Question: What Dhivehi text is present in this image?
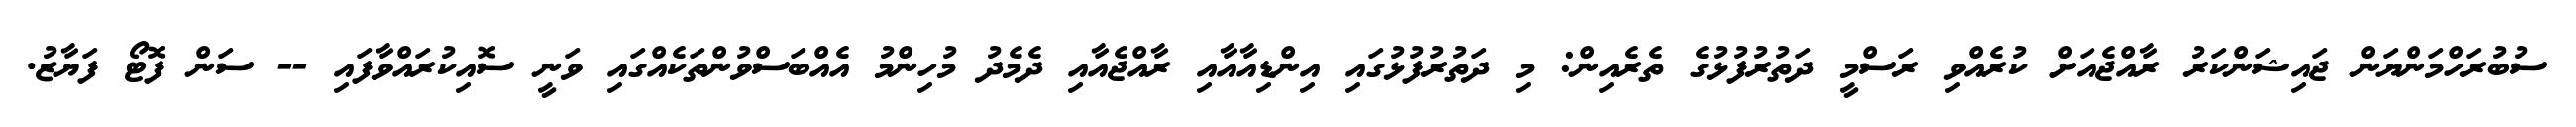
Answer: ސުބުރަހްމަންޔަން ޖައިޝަންކަރު ރާއްޖެއަށް ކުރެއްވި ރަސްމީ ދަތުރުފުޅުގެ ތެރެއިން: މި ދަތުރުފުޅުގައި އިންޑިއާއާއި ރާއްޖެއާއި ދެމެދު މުހިންމު އެއްބަސްވުންތަކެއްގައި ވަނީ ސޮއިކުރައްވާފައި -- ސަން ފޮޓޯ ފަޔާޒު.